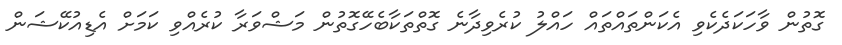
ގޮތުން ވާހަކަދެކެވި އެކަންތައްތައް ހައްލު ކުރެވިދާނެ ގޮތްތަކާބެހޭގޮތުން މަޝްވަރާ ކުރެއްވި ކަމަށް އެޑިއުކޭޝަން